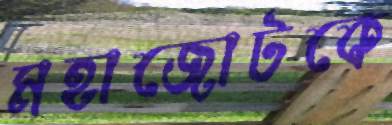
মহাজোটকে